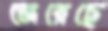
জেরেছে